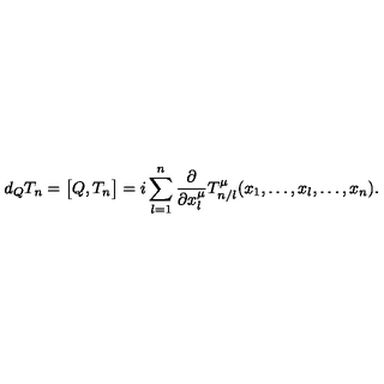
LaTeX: d _ { Q } T _ { n } = \bigl [ Q , T _ { n } \bigr ] = i \sum _ { l = 1 } ^ { n } \frac { \partial } { \partial x _ { l } ^ { \mu } } T _ { n / l } ^ { \mu } ( x _ { 1 } , \ldots , x _ { l } , \ldots , x _ { n } ) .